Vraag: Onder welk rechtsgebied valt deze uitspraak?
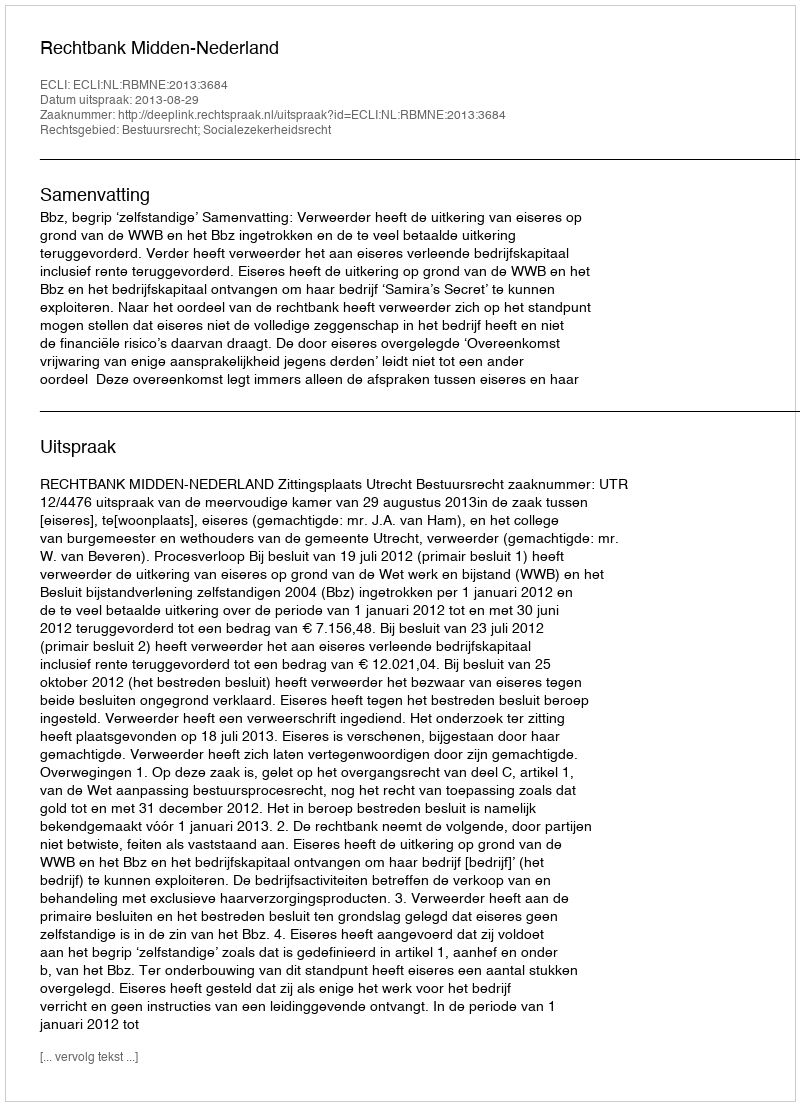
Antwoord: Bestuursrecht; Socialezekerheidsrecht